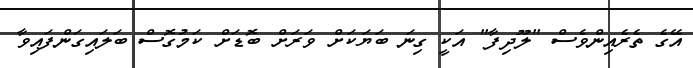
އޭގެ ތެރެއިންވެސް "ލޫދިފާ" އަކީ ގިނަ ބަޔަކަށް ވަރަށް ބޮޑަށް ކަމުގޮސް ބަލައިގަންފައިވާ